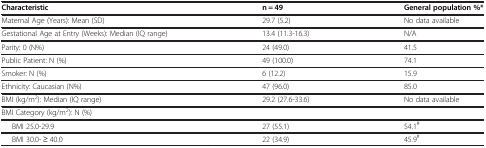
| Characteristic | n = 49 | General population %* |
 | --- | --- | --- |
 | Maternal Age (Years): Mean (SD) | 29.7 (5.2) | No data available |
 | Gestational Age at Entry (Weeks): Median (IQ range) | 13.4 (11.3-16.3) | N/A |
 | Parity: 0 (N%) | 24 (49.0) | 41.5 |
 | Public Patient: N (%) | 49 (100.0) | 74.1 |
 | Smoker: N (%) | 6 (12.2) | 15.9 |
 | Ethnicity: Caucasian (N%) | 47 (96.0) | 85.0 |
 | BMI (kg/m2): Median (IQ range) | 29.2 (27.6-33.6) | No data available |
 | BMI Category (kg/m2): N (%) |  |  |
 | BMI 25.0-29.9 | 27 (55.1) | 54.1# |
 | BMI 30.0- ≥ 40.0 | 22 (34.9) | 45.9# |